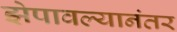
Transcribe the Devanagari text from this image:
झेपावल्यानंतर